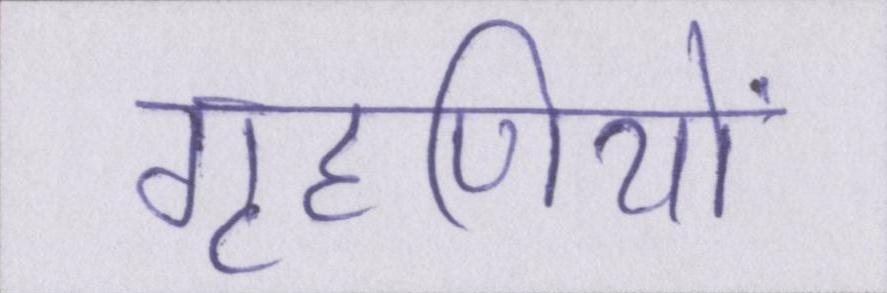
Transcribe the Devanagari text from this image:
गृहणियों